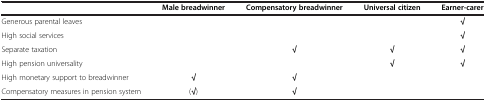
<table><thead><tr><td><b> </b></td><td><b>Male breadwinner</b></td><td><b>Compensatory breadwinner</b></td><td><b>Universal citizen</b></td><td><b>Earner-carer</b></td></tr></thead><tbody><tr><td>Generous parental leaves</td><td> </td><td> </td><td> </td><td><b>√</b></td></tr><tr><td>High social services</td><td> </td><td> </td><td> </td><td><b>√</b></td></tr><tr><td>Separate taxation</td><td> </td><td><b>√</b></td><td><b>√</b></td><td><b>√</b></td></tr><tr><td>High pension universality</td><td> </td><td> </td><td><b>√</b></td><td><b>√</b></td></tr><tr><td>High monetary support to breadwinner</td><td><b>√</b></td><td><b>√</b></td><td> </td><td> </td></tr><tr><td>Compensatory measures in pension system</td><td>(<b>√</b>)</td><td><b>√</b></td><td> </td><td> </td></tr></tbody></table>